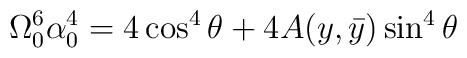
\Omega_0^6 \alpha_0^4 = 4\cos^4\theta + 4A(y, \bar{y})\sin^4\theta